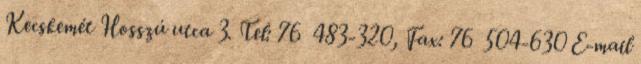
Kecskemét Hosszú utca 3. Tel: 76 483-320, Fax: 76 504-630 E-mail